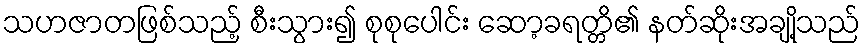
သဟဇာတဖြစ်သည့် စီးသွား၍ စုစုပေါင်း ဆော့ခရတ္တိ၏ နတ်ဆိုးအချို့သည်